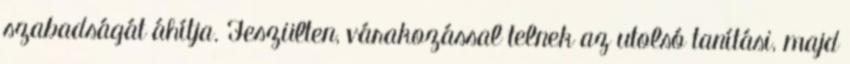
szabadságát áhítja. Feszülten, várakozással telnek az utolsó tanítási, majd